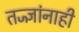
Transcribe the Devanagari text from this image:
तज्‍ज्ञांनाही